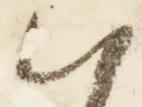
朝